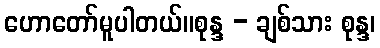
ဟောတော်မူပါတယ်။စုန္ဒ - ချစ်သား စုန္ဒ၊